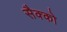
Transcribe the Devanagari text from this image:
सैक्को